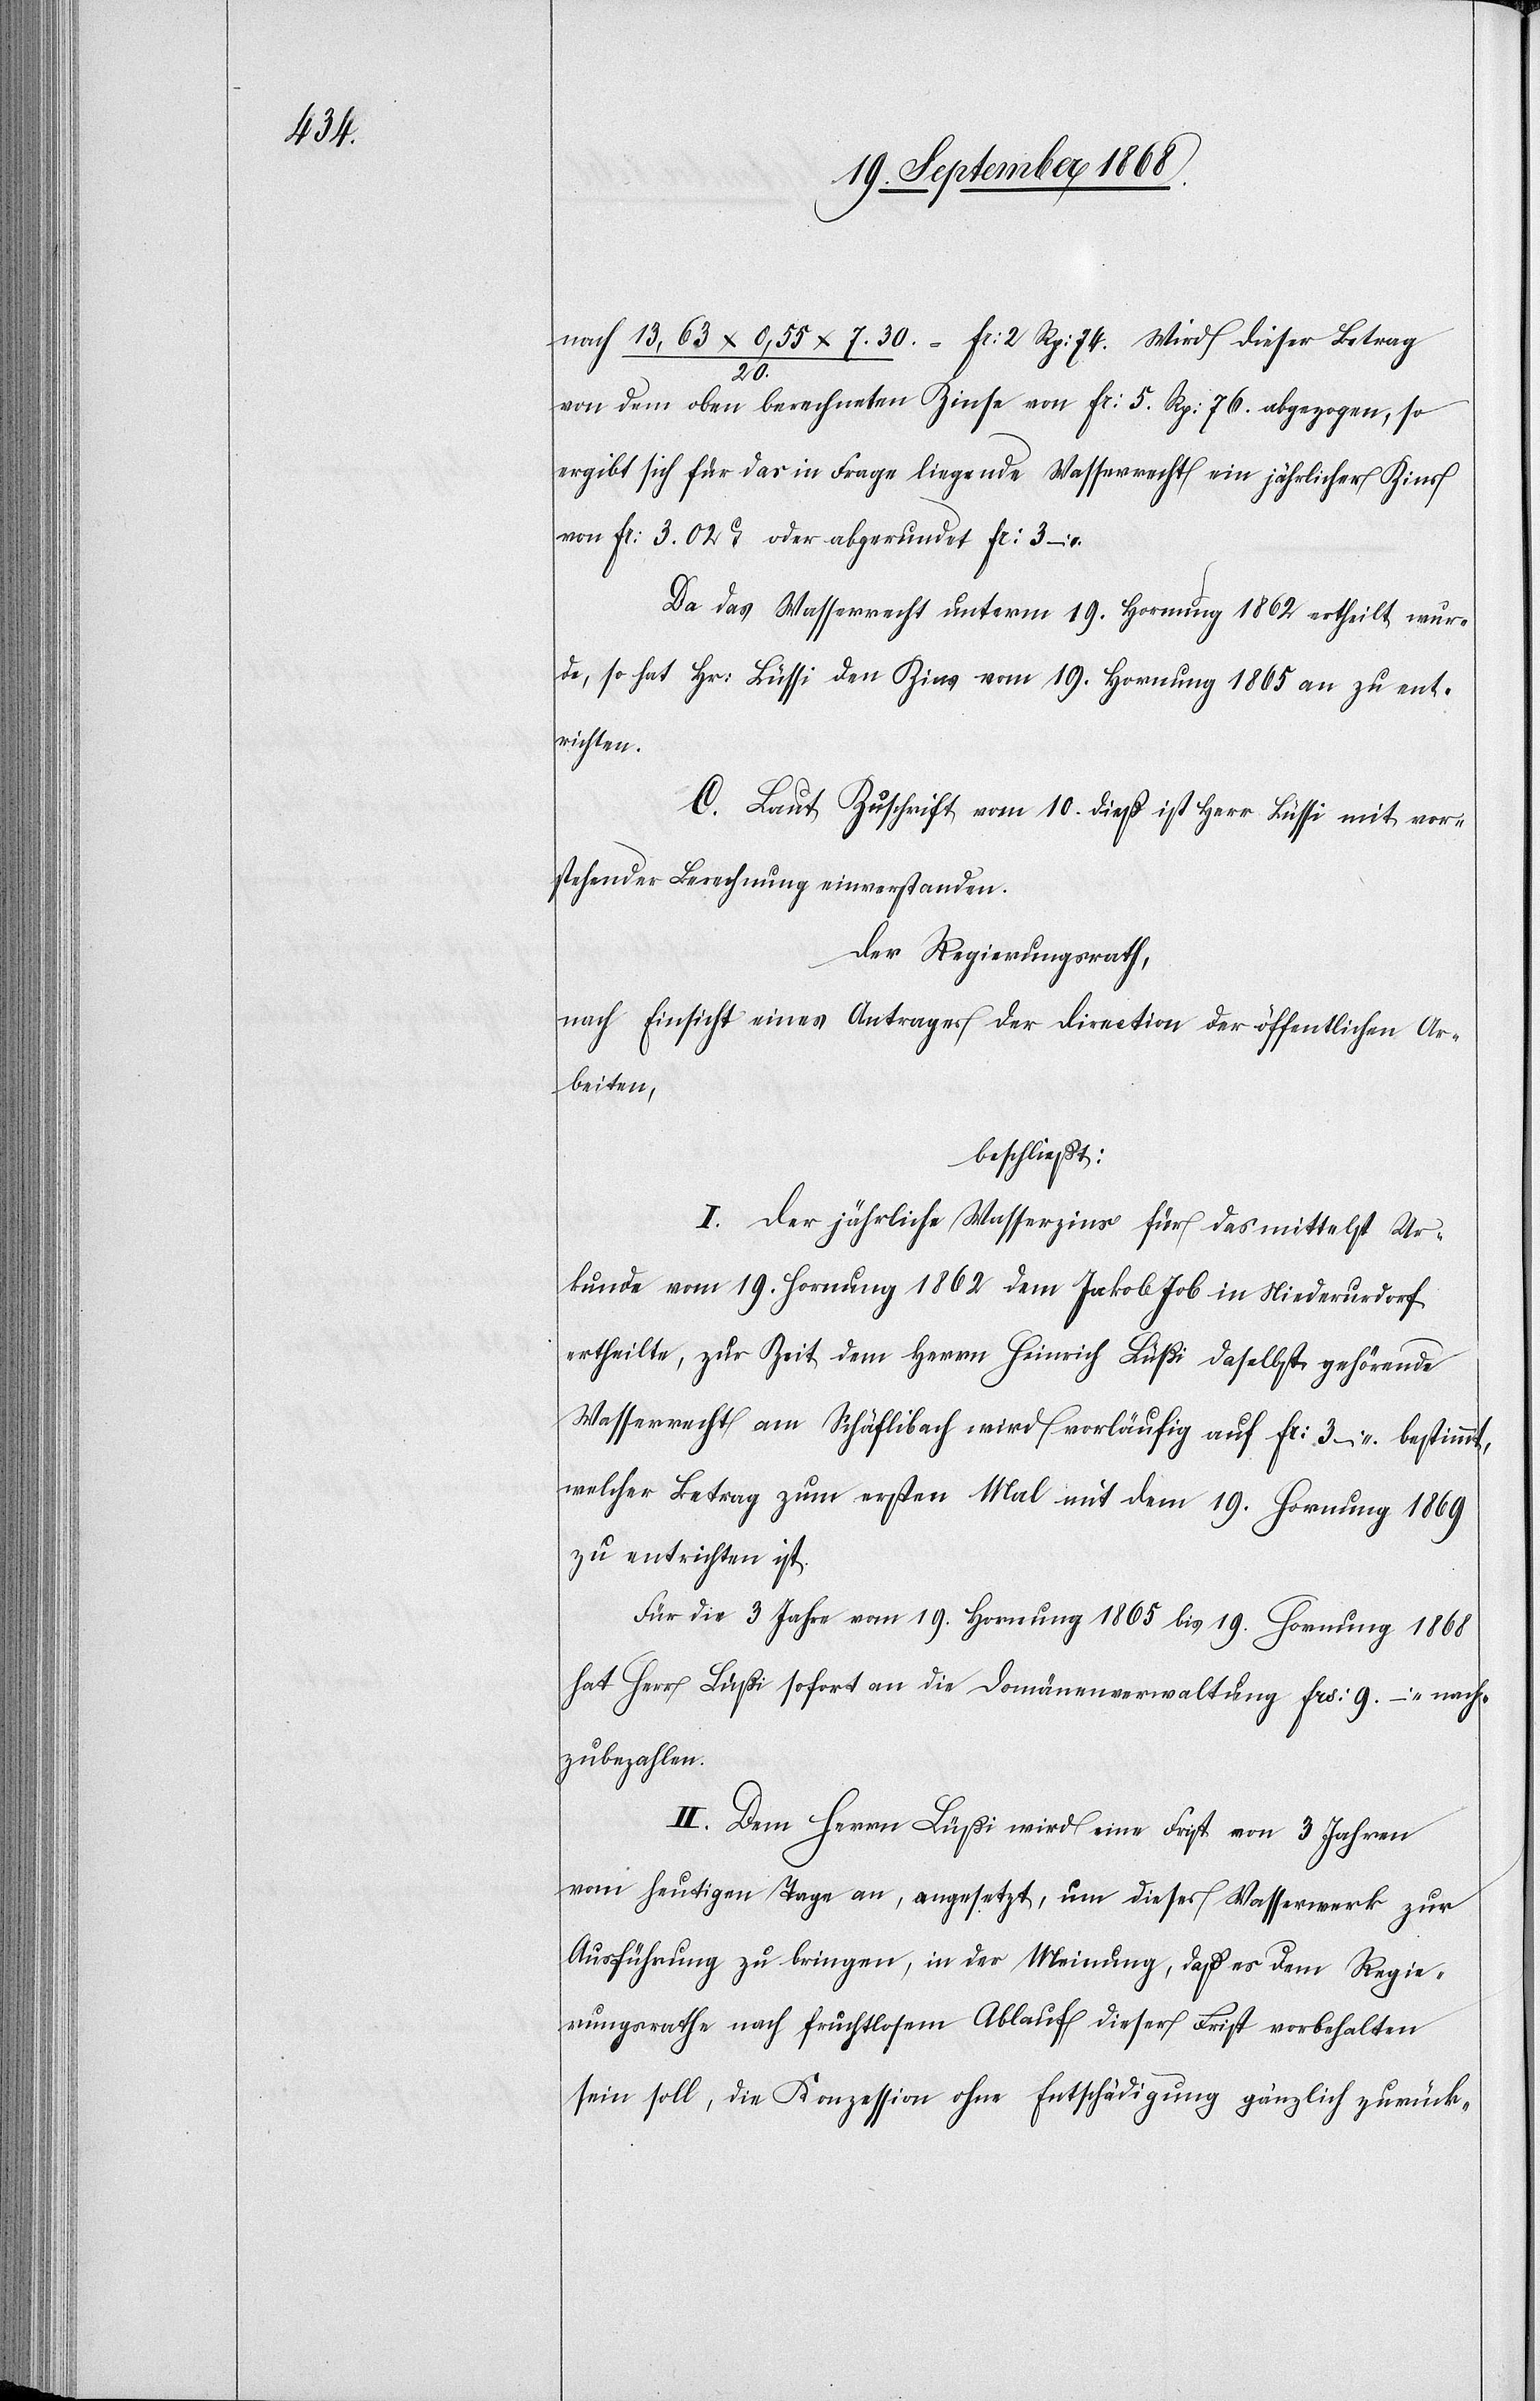
nach 13,63 x 0,55 x 7.30. / 20. = Fr: 2 Rp: 74. Wird dieser Betrag
von dem oben berechneten Zinse von Fr: 5. Rp: 76. abgezogen, so
ergibt sich für das in Frage liegende Wasserrecht ein jährlicher Zins
von Fr: 3. 02C oder abgerundet Fr: 3 –
Da das Wasserrecht unterm 19. Hornung 1862 ertheilt wur¬
de, so hat Hr: Lüssi den Zins vom 19. Hornung 1865 an zu ent¬
richten.
C. Laut Zuschrift vom 10. dieß ist Herr Lüssi mit vor¬
stehender Berechnung einverstanden.
Der Regierungsrath,
nach Einsicht eines Antrages der Direction der öffentlichen Ar¬
beiten,
beschließt:
I. Der jährliche Wasserzins für das mittelst Ur¬
kunde vom 19. Hornung 1862 dem Jakob Job in Niederurdorf
ertheilte, zur Zeit dem Herrn Heinrich Lüßi daselbst gehörende
Wasserrecht am Schäflibach wird vorläufig auf Fr: 3 – bestimmt,
welcher Betrag zum ersten Mal mit dem 19. Hornung 1869
zu entrichten ist.
Für die 3 Jahre vom 19. Hornung 1865 bis 19. Hornung 1868
hat Herr Lüßi sofort an die Domänenverwaltung Frs: 9 – nach¬
zubezahlen.
II. Dem Herrn Lüßi wird eine Frist von 3 Jahren
vom heutigen Tage an, angesetzt, um dieses Wasserwerk zur
Ausführung zu bringen, in der Meinung, daß es dem Regie¬
rungsrathe nach fruchtlosem Ablauf dieser Frist vorbehalten
sein soll, die Konzession ohne Entschädigung gänzlich zurück-